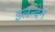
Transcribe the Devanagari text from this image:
इलन्देन